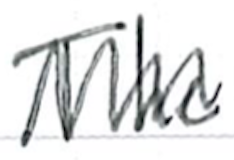
Text: The
Cross-out: zig-zag
Writing tool: ballpoint